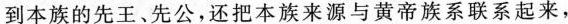
到本族的先王、先公，还把本族来源与黄帝族系联系起来，